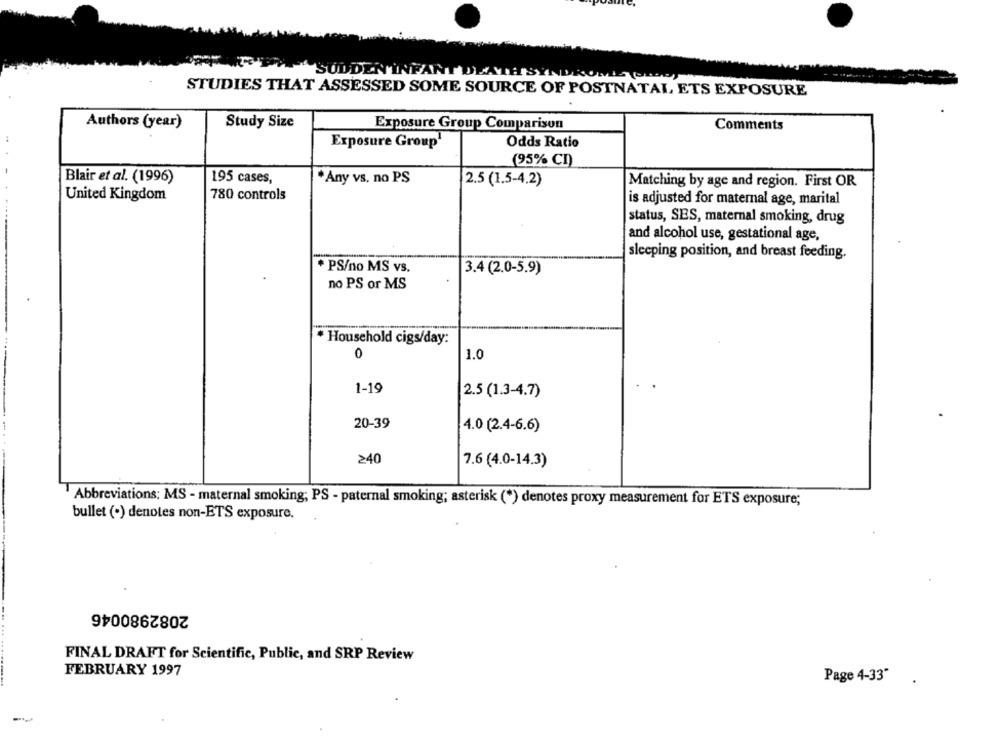
SUDDEN INFANT DEATH SYNDROME URODY
STUDIES THAT ASSESSED SOME SOURCE OF POSTNATAL ETS EXPOSURE
Authors (year)
Study Size
Exposure Group Comparison
Comments
Exposure Group1
Odds Ratio
(95% CD)
Blair et al. (1996)
195 cases,
*Any vs. no PS
2.5 (1.5-4.2)
Matching by age and region. First OR
United Kingdom
780 controls
is adjusted for maternal age, marital
status, SES, maternal smoking, drug
and alcohol use, gestational age,
sleeping position, and breast feeding.
* PS/no MS vs.
3.4 (2.0-5.9)
no PS or MS
* Household cigs/day:
0
1.0
1-19
2.5 (1.3-4.7)
20-39
4.0 (2.4-6.6)
240
7.6 (4.0-14.3)
Abbreviations: MS - maternal smoking; PS - paternal smoking; asterisk (*) denotes proxy measurement for ETS exposure;
bullet (·) denotes non-ETS exposure.
2082980046
FINAL DRAFT for Scientific, Public, and SRP Review
FEBRUARY 1997
Page 4-33"